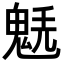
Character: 𩳂